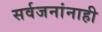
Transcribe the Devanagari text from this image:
सर्वजनांनाही